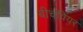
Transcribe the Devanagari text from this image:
बीचवियर